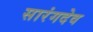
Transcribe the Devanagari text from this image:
सारंगदेव